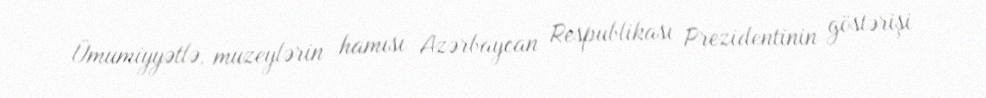
Ümumiyyətlə, muzeylərin hamısı Azərbaycan Respublikası Prezidentinin göstərişi